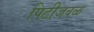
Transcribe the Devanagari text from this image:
पिढीजवळ